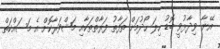
އޭނާ ވިދާޅުވީ ބޮޑު ހިލަ ހޯދުމަށް ތަފާތު ފަރާތްތަކާއި މަޝްވަރާކޮށް އެ މަސައްކަތް